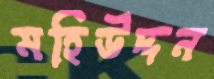
মহিউদ্দন